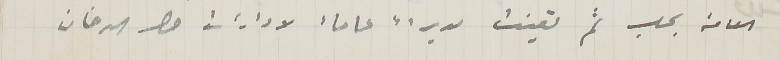
العامة بحلب ثم تعينت مديراً عاماً لادارات حصر الدخان